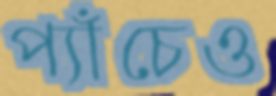
প্যাঁচেও